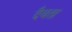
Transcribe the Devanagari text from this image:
दैवता